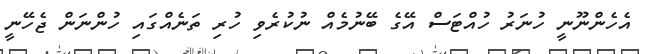
އެހެންނޫނީ ހުނަރު ހުއްޓަސް އޭގެ ބޭނުމެއް ނުކުރެވި ހުރި ތަނެއްގައި ހުންނަން ޖެހޭނީ